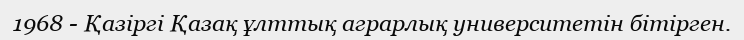
1968 - Қазіргі Қазақ ұлттық аграрлық университетін бітірген.